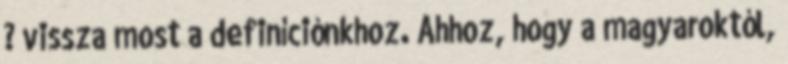
? vissza most a definíciónkhoz. Ahhoz, hogy a magyaroktól,